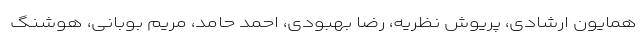
همایون ارشادی، پریوش نظریه، رضا بهبودی، احمد حامد، مریم بوبانی، هوشنگ